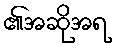
၏အဆိုအရ